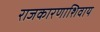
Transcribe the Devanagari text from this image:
राजकारणाशिवाय